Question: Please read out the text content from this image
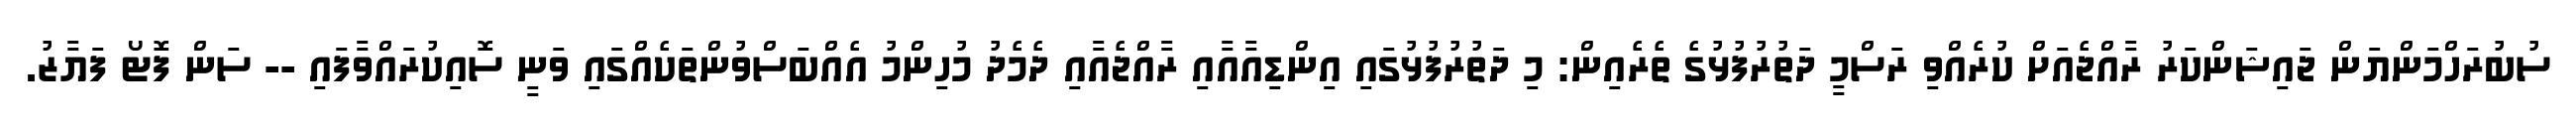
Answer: ސުބުރަހްމަންޔަން ޖައިޝަންކަރު ރާއްޖެއަށް ކުރެއްވި ރަސްމީ ދަތުރުފުޅުގެ ތެރެއިން: މި ދަތުރުފުޅުގައި އިންޑިއާއާއި ރާއްޖެއާއި ދެމެދު މުހިންމު އެއްބަސްވުންތަކެއްގައި ވަނީ ސޮއިކުރައްވާފައި -- ސަން ފޮޓޯ ފަޔާޒު.